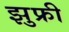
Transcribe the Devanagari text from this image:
झुफ्री